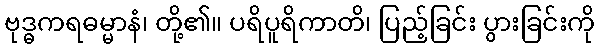
ဗုဒ္ဓကရဓမ္မာနံ၊ တို့၏။ ပရိပူရိကာတိ၊ ပြည့်ခြင်း ပွားခြင်းကို